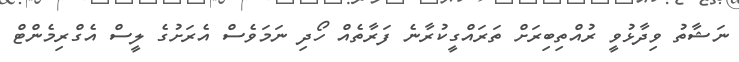
ނަޝާތު ވިދާޅުވީ ރުއްތިބިރަށް ތަރައްގީކުރާނެ ފަރާތެއް ހޯދި ނަމަވެސް އެރަށުގެ ލީސް އެގްރިމެންޓް